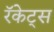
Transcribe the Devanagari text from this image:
रॅकेट्स